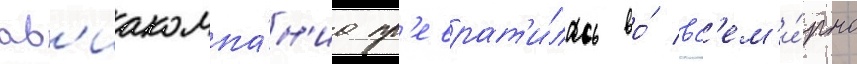
ав'иакомпа́н'иа пр'еврат'и́лась во́ вс'ем'и́рно